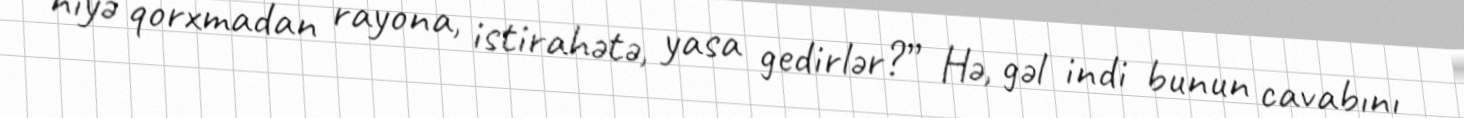
niyə qorxmadan rayona, istirahətə, yasa gedirlər?” Hə, gəl indi bunun cavabını